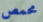
محمص